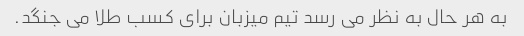
به هر حال به نظر می رسد تیم میزبان برای کسب طلا می جنگد.